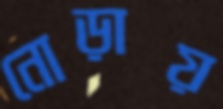
নোড়ায়